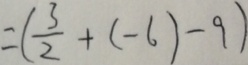
= ( \frac { 3 } { 2 } + ( - 6 ) - 9 )